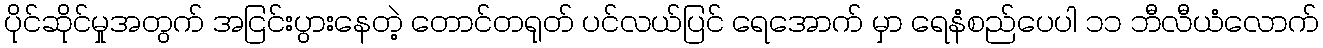
ပိုင်ဆိုင်မှုအတွက် အငြင်းပွားနေတဲ့ တောင်တရုတ် ပင်လယ်ပြင် ရေအောက် မှာ ရေနံစည်ပေပါ ၁၁ ဘီလီယံလောက်